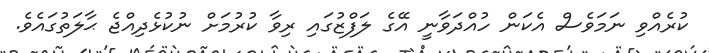
ކުރެއްވި ނަމަވެސް އެކަން ހުއްދަވާނީ އޭގެ ލަފްޒުގައި ރިވާ ކުރުމަށް ނުކުޅެދިއްޖެ ޙާލަތުގައެވެ.